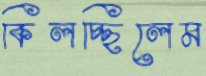
কিলচ্ছিলেম